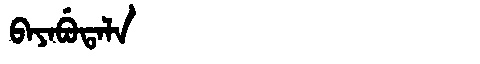
Manchu: ᠪᠠᠶᠠᠪᡠᡨᠠᠯᠠ
Romanization: BAYABUTALA